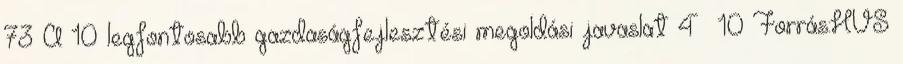
73 A 10 legfontosabb gazdaságfejlesztési megoldási javaslat 4 10 Forrás:HVS